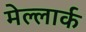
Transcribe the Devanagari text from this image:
मेल्लार्क